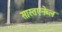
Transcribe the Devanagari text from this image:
सास्तएनेब्ल